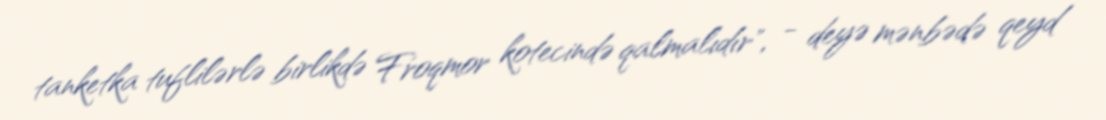
tanketka tuflilərlə birlikdə Froqmor kotecində qalmalıdır", - deyə mənbədə qeyd